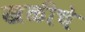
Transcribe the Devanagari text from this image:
खळीचे